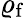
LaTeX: \varrho_{\mathrm{f}}